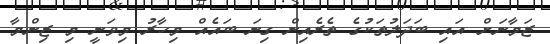
ޒަމާނަށް އައި ބަދަލުތަކުގެ ތެރެއިން ގިނަ ބައެއް މިހާރު މިވަނީ މި ޒިންމާ